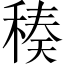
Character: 𥠬